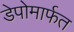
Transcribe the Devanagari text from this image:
डेपोमार्फत